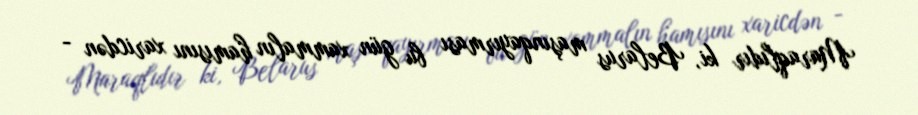
Maraqlıdır ki, Belarus maşınqayırması bu gün xammalın hamısını xaricdən -